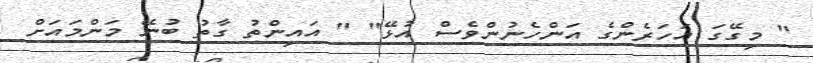
" މިގޭގަ އަހަރެންގެ އަންހެނުންވެސް އުޅޭ" " އައިންތު ގާތު ބުނޭ މަންމައަށް